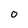
Character: O